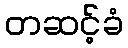
တဆင့်ခံ